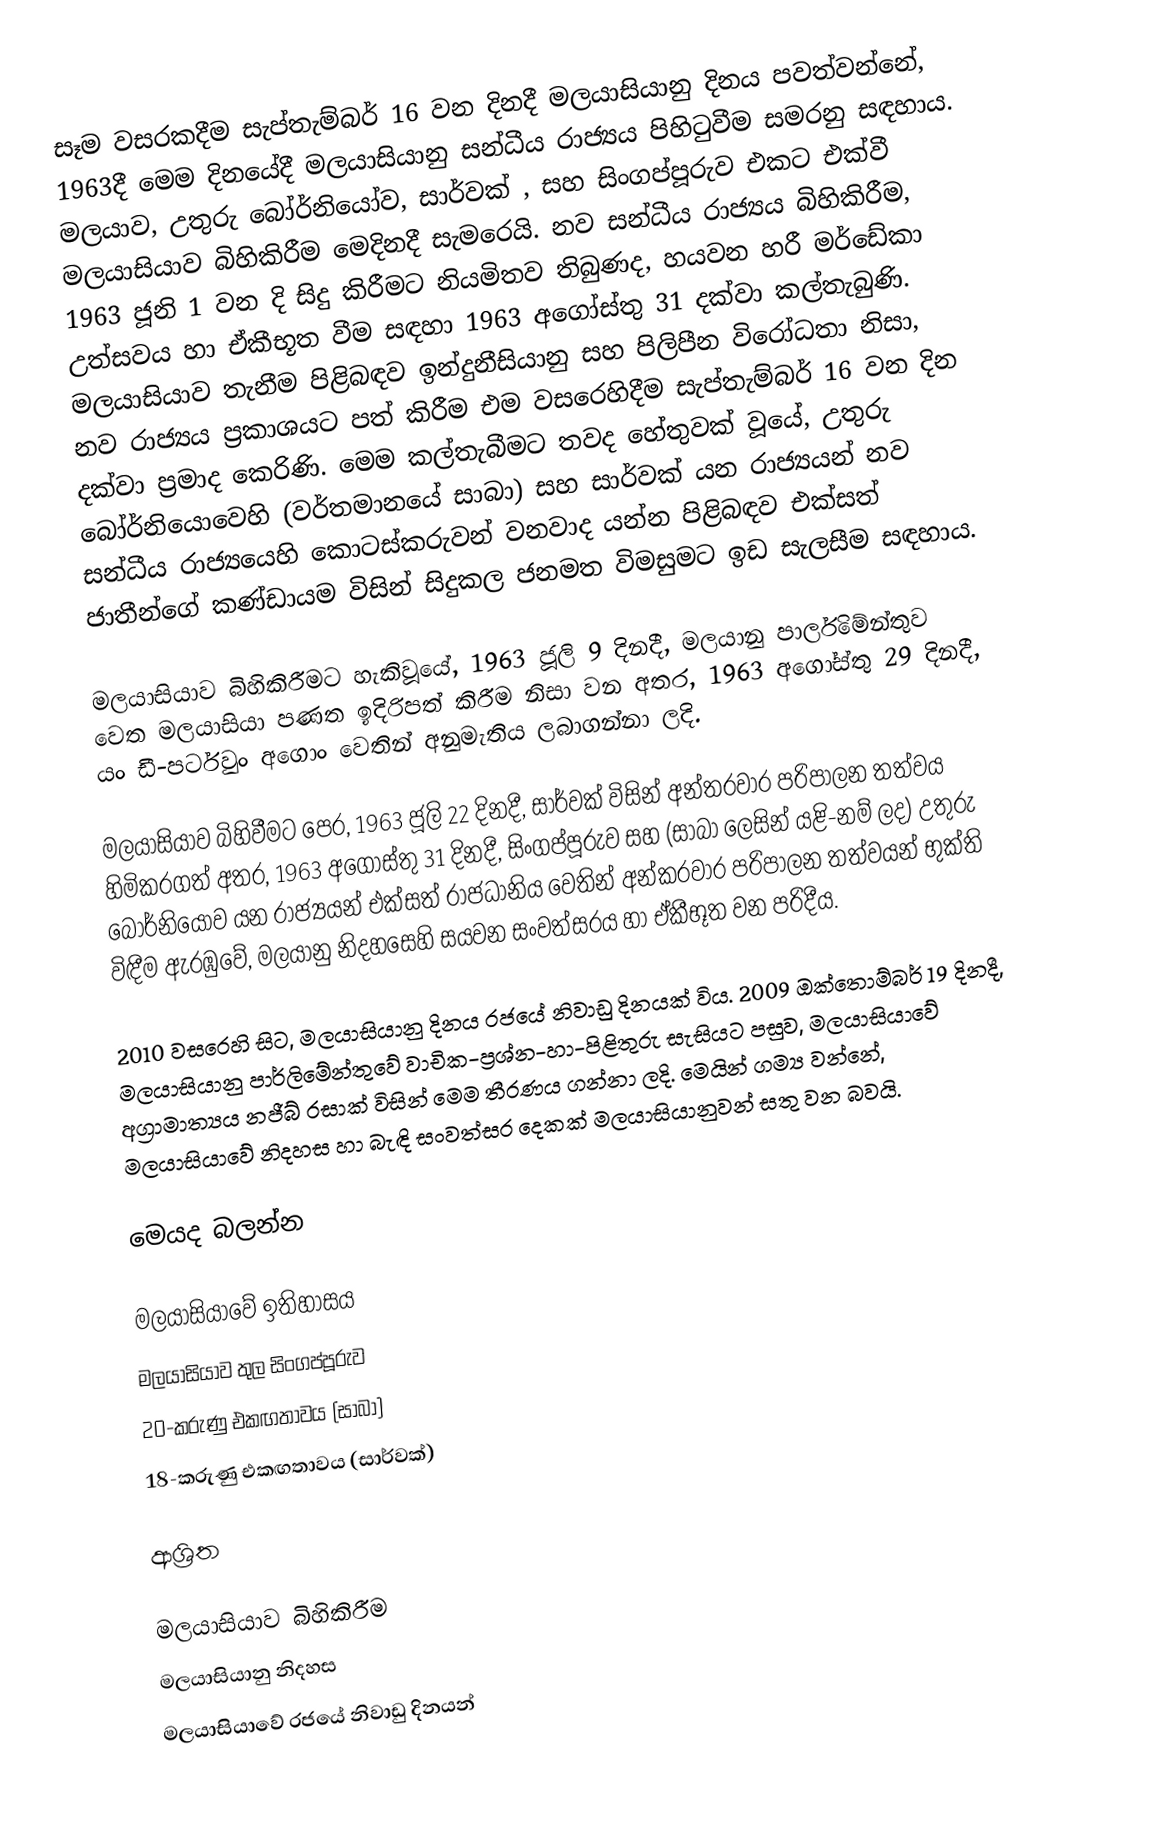
සෑම වසරකදීම සැප්තැම්බර් 16 වන දිනදී  මලයාසියානු දිනය පවත්වන්නේ,  1963දී  මෙම දිනයේදී මලයාසියානු සන්ධීය රාජ්‍යය පිහිටුවීම සමරනු සඳහාය. මලයාව, උතුරු බෝර්නියෝව, සාර්වක් , සහ සිංගප්පූරුව එකට එක්වී මලයාසියාව බිහිකිරීම මෙදිනදී සැමරෙයි. නව සන්ධීය රාජ්‍යය බිහිකිරීම, 1963 ජූනි 1 වන දි සිදු කිරීමට නියමිතව තිබුණද, හයවන හරී මර්ඩේකා උත්සවය හා ඒකීභූත වීම සඳහා 1963 අගෝස්තු 31 දක්වා කල්තැබුණි. මලයාසියාව තැනීම පිළිබඳව ඉන්දුනීසියානු සහ පිලිපීන විරෝධතා නිසා, නව රාජ්‍යය ප්‍රකාශයට පත් කිරීම එම වසරෙහිදීම සැප්තැම්බර් 16 වන දින දක්වා ප්‍රමාද කෙරිණි. මෙම කල්තැබීමට තවද හේතුවක් වූයේ, උතුරු බෝර්නියොවෙහි (වර්තමානයේ සාබා) සහ සාර්වක් යන රාජ්‍යයන් නව සන්ධීය රාජ්‍යයෙහි කොටස්කරුවන් වනවාද යන්න පිළිබඳව එක්සත් ජාතීන්ගේ  කණ්ඩායම විසින් සිදුකල ජනමත විමසුමට ඉඩ සැලසීම සඳහාය.

මලයාසියාව බිහිකිරීමට හැකිවූයේ, 1963 ජූලි 9 දිනදී, මලයානු පාර්ලිමේන්තුව වෙත  මලයාසියා පණත ඉදිරිපත් කිරීම නිසා වන අතර, 1963 අගෝස්තු 29 දිනදී, යං ඩී-පර්ටුවං අගොං වෙතින් අනුමැතිය ලබාගන්නා ලදි.

මලයාසියාව බිහිවීමට පෙර, 1963 ජූලි 22 දිනදී, සාර්වක් විසින් අන්තරවාර පරිපාලන තත්වය හිමිකරගත් අතර, 1963 අගෝස්තු 31 දිනදී, සිංගප්පූරුව සහ (සාබා ලෙසින් යළි-නම් ලද) උතුරු බෝර්නි‍යෝව යන රාජ්‍යයන් එක්සත් රාජධානිය වෙතින් අන්කරවාර පරිපාලන තත්වයන් භුක්ති විඳීම ඇරඹුවේ, මලයානු නිදහසෙහි සයවන සංවත්සරය හා ඒකීභූත වන පරිදීය.

2010 වසරෙහි සිට, මලයාසියානු දිනය රජයේ නිවාඩු දිනයක් විය.  2009 ඔක්තොම්බර් 19 දිනදී, මලයාසියානු පාර්ලිමේන්තුවේ වාචික-ප්‍රශ්න-හා-පිළිතුරු සැසියට පසුව, මලයාසියාවේ අග්‍රාමාත්‍යය නජීබ් රසාක් විසින් මෙම තීරණය ගන්නා ලදි. මෙයින් ගම්‍ය වන්නේ, මලයාසියාවේ නිදහස හා බැඳි සංවත්සර දෙකක් මලයාසියානුවන් සතු වන බවයි.

මෙයද බලන්න

 මලයාසියාවේ ඉතිහාසය
 මලයාසියාව තුල සිංගප්පූරුව
 20-කරුණු එකඟතාවය (සාබා)
 18-කරුණු එකඟතාවය (සාර්වක්)

ආශ්‍රිත

මලයාසියාව බිහිකිරීම
මලයාසියානු නිදහස
මලයාසියාවේ රජයේ නිවාඩු දිනයන්